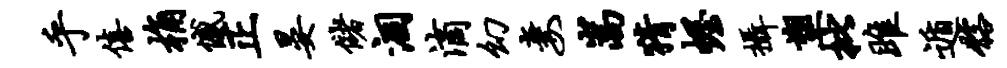
乎僖桷憾正晏储涸滴幻妻嵩猜幄摄塑批雎遁髂